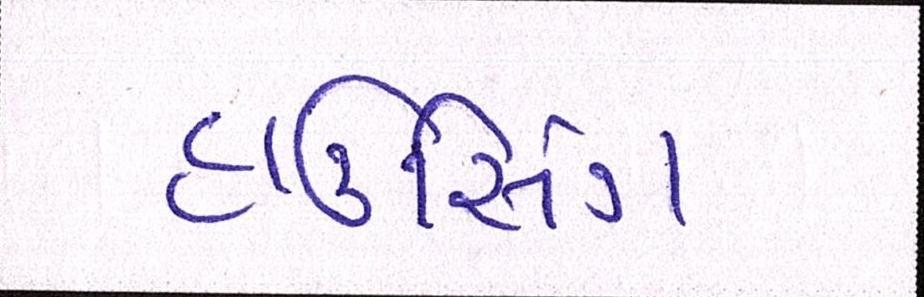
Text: હાઉસિંગ